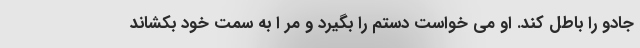
جادو را باطل کند. او می خواست دستم را بگیرد و مر ا به سمت خود بکشاند